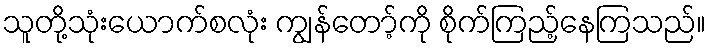
သူတို့သုံးယောက်စလုံး ကျွန်တော့်ကို စိုက်ကြည့်နေကြသည်။